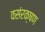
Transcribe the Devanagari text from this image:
वसंरक्षण